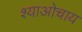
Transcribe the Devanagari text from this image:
श्याओचाय